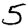
Digit: 5